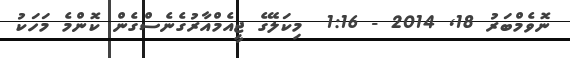
ނޮވެމްބަރު 18